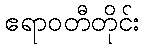
ဧရာဝတီတိုင်း